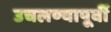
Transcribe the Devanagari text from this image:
उचलण्यापूर्वी